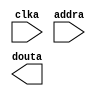
module I_cache(
	clka,
	addra,
	douta);


input clka;
input [9 : 0] addra;
output [31 : 0] douta;

// synthesis translate_off

      BLK_MEM_GEN_V4_2 #(
		.C_ADDRA_WIDTH(10),
		.C_ADDRB_WIDTH(10),
		.C_ALGORITHM(1),
		.C_BYTE_SIZE(9),
		.C_COMMON_CLK(0),
		.C_DEFAULT_DATA("0"),
		.C_DISABLE_WARN_BHV_COLL(0),
		.C_DISABLE_WARN_BHV_RANGE(0),
		.C_FAMILY("virtex5"),
		.C_HAS_ENA(0),
		.C_HAS_ENB(0),
		.C_HAS_INJECTERR(0),
		.C_HAS_MEM_OUTPUT_REGS_A(0),
		.C_HAS_MEM_OUTPUT_REGS_B(0),
		.C_HAS_MUX_OUTPUT_REGS_A(0),
		.C_HAS_MUX_OUTPUT_REGS_B(0),
		.C_HAS_REGCEA(0),
		.C_HAS_REGCEB(0),
		.C_HAS_RSTA(0),
		.C_HAS_RSTB(0),
		.C_HAS_SOFTECC_INPUT_REGS_A(0),
		.C_HAS_SOFTECC_OUTPUT_REGS_B(0),
		.C_INITA_VAL("0"),
		.C_INITB_VAL("0"),
		.C_INIT_FILE_NAME("I_cache.mif"),
		.C_LOAD_INIT_FILE(1),
		.C_MEM_TYPE(3),
		.C_MUX_PIPELINE_STAGES(0),
		.C_PRIM_TYPE(1),
		.C_READ_DEPTH_A(1024),
		.C_READ_DEPTH_B(1024),
		.C_READ_WIDTH_A(32),
		.C_READ_WIDTH_B(32),
		.C_RSTRAM_A(0),
		.C_RSTRAM_B(0),
		.C_RST_PRIORITY_A("CE"),
		.C_RST_PRIORITY_B("CE"),
		.C_RST_TYPE("SYNC"),
		.C_SIM_COLLISION_CHECK("ALL"),
		.C_USE_BYTE_WEA(0),
		.C_USE_BYTE_WEB(0),
		.C_USE_DEFAULT_DATA(0),
		.C_USE_ECC(0),
		.C_USE_SOFTECC(0),
		.C_WEA_WIDTH(1),
		.C_WEB_WIDTH(1),
		.C_WRITE_DEPTH_A(1024),
		.C_WRITE_DEPTH_B(1024),
		.C_WRITE_MODE_A("WRITE_FIRST"),
		.C_WRITE_MODE_B("WRITE_FIRST"),
		.C_WRITE_WIDTH_A(32),
		.C_WRITE_WIDTH_B(32),
		.C_XDEVICEFAMILY("virtex5"))
	inst (
		.CLKA(clka),
		.ADDRA(addra),
		.DOUTA(douta),
		.RSTA(),
		.ENA(),
		.REGCEA(),
		.WEA(),
		.DINA(),
		.CLKB(),
		.RSTB(),
		.ENB(),
		.REGCEB(),
		.WEB(),
		.ADDRB(),
		.DINB(),
		.DOUTB(),
		.INJECTSBITERR(),
		.INJECTDBITERR(),
		.SBITERR(),
		.DBITERR(),
		.RDADDRECC());


// synthesis translate_on

endmodule